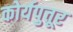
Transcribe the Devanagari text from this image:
कोर्यपुत्तूर